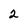
Character: 2